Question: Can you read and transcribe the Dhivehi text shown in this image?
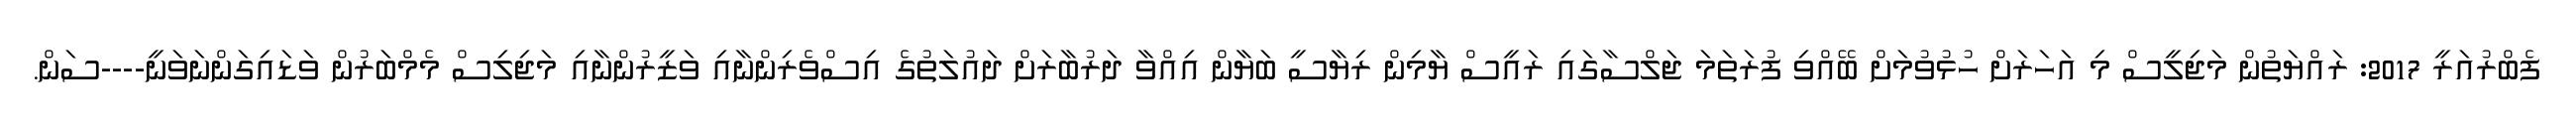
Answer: ފެބްރުއަރީ 2017: ރައްޔަތުން މަޖިލީސް މި އަހަރަށް ހުޅުވުމަށް ބޭއްވި ފުރަތަމަ ޖަލްސާގައި ރައީސް ޔާމިން ރިޔާސީ ބަޔާން އިއްވާ ދަރުބާރަށް ދައުލަތުގެ އިސްވެރިންނާއި ވަޒީރުންނާއި މަޖިލިސް މެމްބަރުން ވަޑައިގަންނަވަނީ----ސަން.